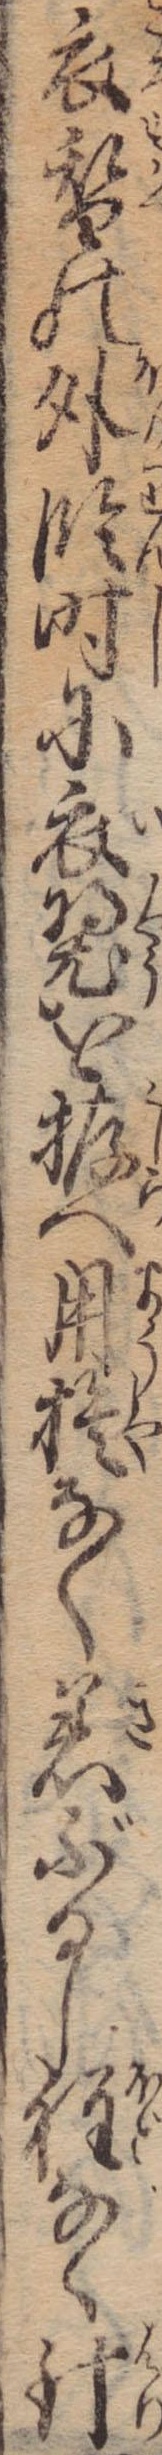
衣替の外臨時に衣を拵へ用捨なく着ぶるし程なく針